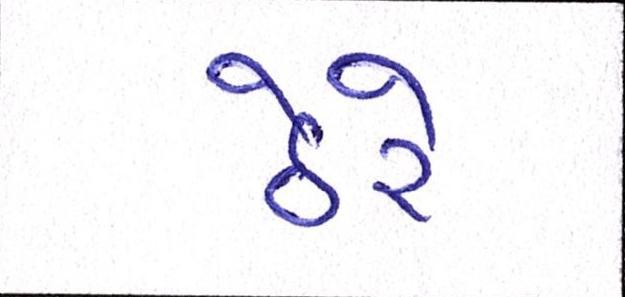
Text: ઠેરે